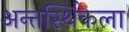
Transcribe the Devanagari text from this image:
अन्तर्स्थिकला